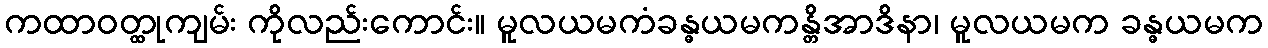
ကထာဝတ္ထုကျမ်း ကိုလည်းကောင်း။ မူလယမကံခန္ဓယမကန္တိအာဒိနာ၊ မူလယမက ခန္ဓယမက